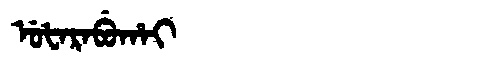
Manchu: ᡠᡶᠠᡵᠠᠪᡠᡥᠠᡳ
Romanization: UFARABUHAI